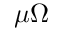
\mu \Omega